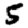
Digit: 5